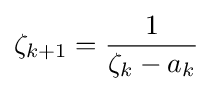
\zeta _{k+1}={\frac {1}{\zeta _{k}-a_{k}}}